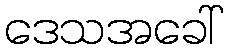
ဒေသအခေါ်